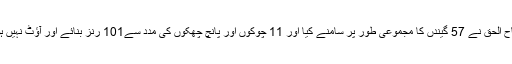
مصباح الحق نے 57 گیندں کا مجموعی طور پر سامنے کیا اور 11 چوکوں اور پانچ چھکوں کی مدد سے101 رنز بنائے اور آؤٹ نہیں ہوئے۔